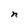
Character: n